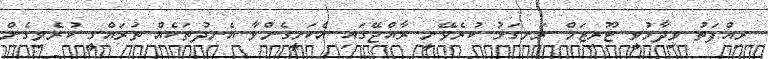
ރިއްފަތު ވިދާޅުވީ ޓޫރިޒަމް ރަނގަޅު ކުރެވޭނީ ރާއްޖޭގައި އެކަށީގެންވާ އެނދުތަކެއް ތަރައްގީ ކުރެވިގެން